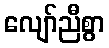
လျော်ညီစွာ